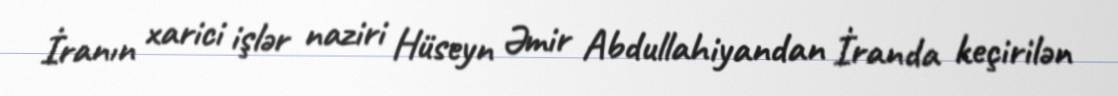
İranın xarici işlər naziri Hüseyn Əmir Abdullahiyandan İranda keçirilən